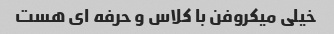
خیلی میکروفن با کلاس و حرفه ای هست